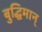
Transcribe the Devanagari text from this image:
बुद्धिमान्‌